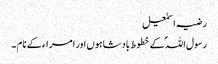
رضیہ اسمٰعیل
رسول اللہؐ کے خطوط بادشاہوں اور امراء کے نام ۔